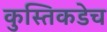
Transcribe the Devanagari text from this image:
कुस्तिकडेच